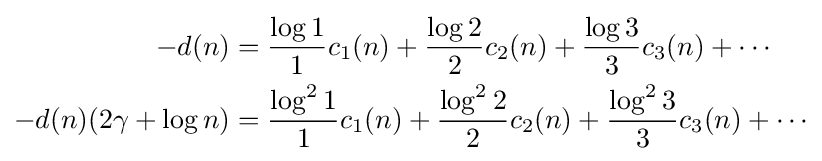
{\begin{aligned}-d(n)&={\frac {\log 1}{1}}c_{1}(n)+{\frac {\log 2}{2}}c_{2}(n)+{\frac {\log 3}{3}}c_{3}(n)+\cdots \\-d(n)(2\gamma +\log n)&={\frac {\log ^{2}1}{1}}c_{1}(n)+{\frac {\log ^{2}2}{2}}c_{2}(n)+{\frac {\log ^{2}3}{3}}c_{3}(n)+\cdots \end{aligned}}